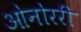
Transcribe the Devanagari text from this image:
ओनोररी